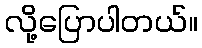
လို့ပြောပါတယ်။